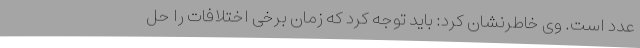
عدد است. وی خاطرنشان کرد: باید توجه کرد که زمان برخی اختلافات را حل